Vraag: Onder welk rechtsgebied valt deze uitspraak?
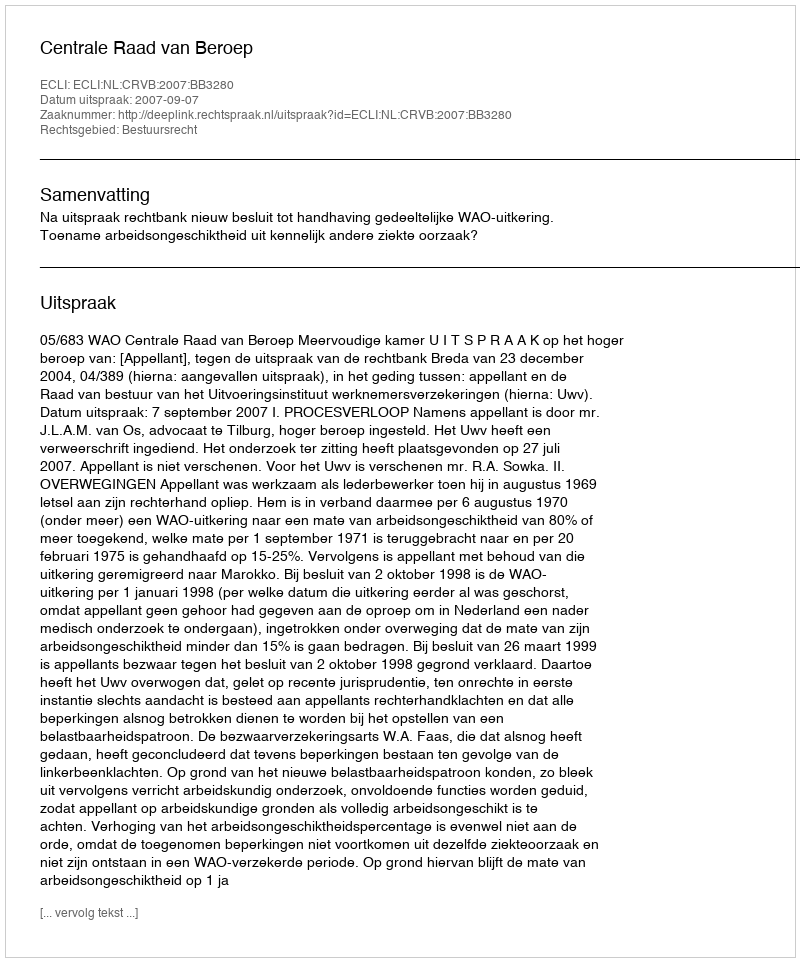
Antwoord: Bestuursrecht